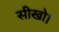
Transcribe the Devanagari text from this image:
सीखो।